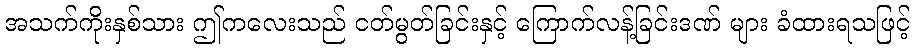
အသက်ကိုးနှစ်သား ဤကလေးသည် ငတ်မွတ်ခြင်းနှင့် ကြောက်လန့်ခြင်းဒဏ် များ ခံထားရသဖြင့်